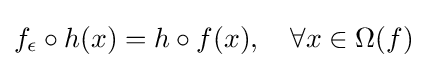
f_{\epsilon }\circ h(x)=h\circ f(x),\quad \forall x\in \Omega (f)